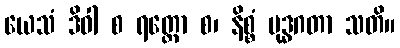
ယေသံ ဒိဝါ စ ရတ္တော စ၊ နိစ္စံ ဗုဒ္ဓဂတာ သတိ။